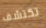
تكتشف